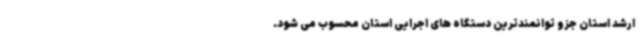
ارشد استان جزو توانمندترین دستگاه های اجرایی استان محسوب می شود.